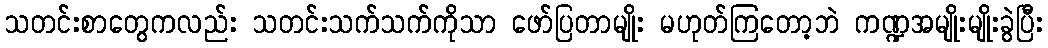
သတင်းစာတွေကလည်း သတင်းသက်သက်ကိုသာ ဖော်ပြတာမျိုး မဟုတ်ကြတော့ဘဲ ကဏ္ဍအမျိုးမျိုးခွဲပြီး